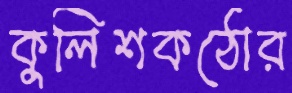
কুলিশকঠোর